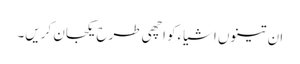
ان تینوں اشیاءکو اچھی طرح یکجان کریں۔